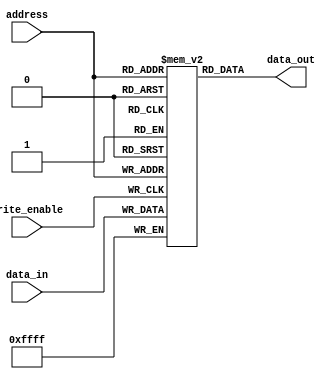
module OTP_ROM (
    input wire [ADDRESS_WIDTH-1:0] address,
    output reg [DATA_WIDTH-1:0] data_out,
    input wire write_enable,
    input wire [DATA_WIDTH-1:0] data_in
);

parameter ADDRESS_WIDTH = 8; // Specify the number of address lines
parameter DATA_WIDTH = 16;   // Specify the number of data lines
parameter MEM_SIZE = 256;    // Specify the size of the memory

reg [DATA_WIDTH-1:0] memory [0:MEM_SIZE-1];

// Read data from memory
always @(*) begin
    data_out = memory[address];
end

// Write data to memory
always @(posedge write_enable) begin
    memory[address] <= data_in;
end

endmodule